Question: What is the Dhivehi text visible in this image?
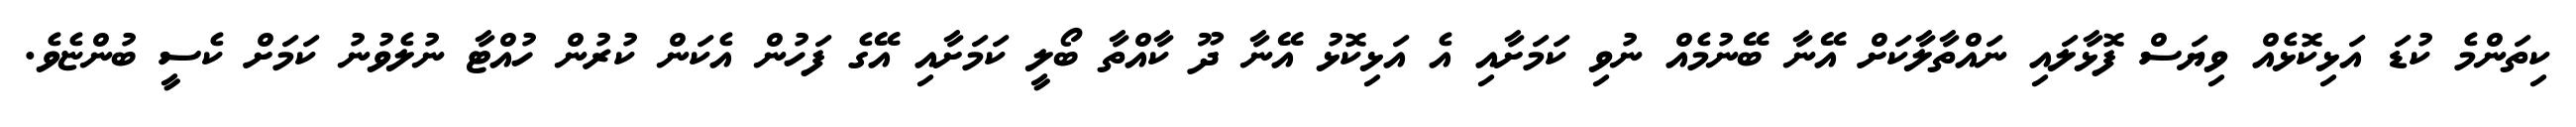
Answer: ކިތަންމެ ކުޑަ އަޅިކޮޅެއް ވިޔަސް ފޮޅާލައި ނައްތާލާކަށް އޭނާ ބޭނުމެއް ނުވި ކަމަށާއި އެ އަޅިކޮޅު އޭނާ ދޫ ކާއްތާ ބޯލީ ކަމަށާއި އޭގެ ފަހުން އެކަން ކުރުން ހުއްޓާ ނުލެވުނު ކަމަށް ކެސީ ބުންޏެވެ.